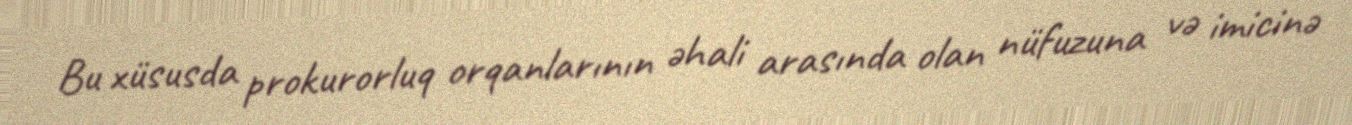
Bu xüsusda prokurorluq orqanlarının əhali arasında olan nüfuzuna və imicinə